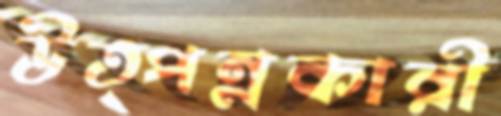
উত্পন্নকারী